Lunatic asylums in Bengal annual reports 1888-1898 - 1888-1898
Year: 1888
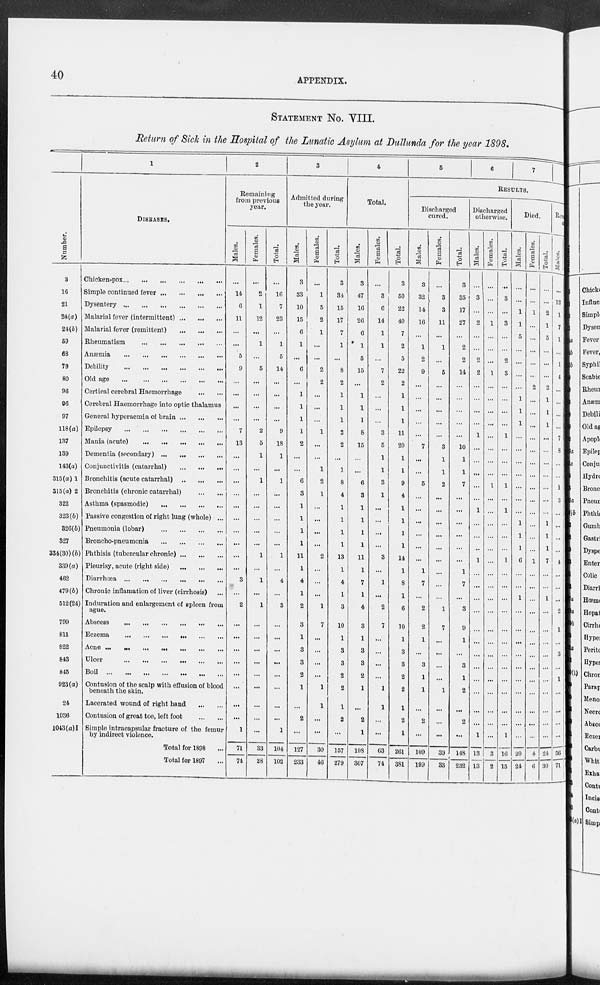
40
APPENDIX.
STATEMENT No. VIII.
Return of Sick in the Hospital of the Lunatic Asylum at Dullunda for the year 1898.
Number.
3
16
21
24(a)
24(b)
59
68
79
80
96
96
97
118(a)
137
139
143(a)
315(a) 1
315(a) 2
322
323(b)
326(b)
327
334(30)(b)
339(a)
462
479(b)
512(24)
799
811
822
843
845
923(a)
24
1036
1043(a)I
1
DISEASES.
Chicken-pox
...
...
...
...
...
...
Simple continued fever ...
...
...
...
Dysentery
...
...
...
...
...
...
Malarial fever (intermittent)
...
...
...
Malarial fever (remittent)
...
...
...
Rheumatism
...
...
...
...
...
Anæmia
...
...
...
...
...
...
Debility
...
...
...
...
...
...
Old age
...
...
...
...
...
...
Certical cerebral Haemorrhage
...
...
Cerebral Haemorrhage into optic thalamus
General hyperaemia of brain
...
...
...
Epilepsy
...
...
...
...
...
...
Mania (acute)
...
...
...
...
...
Dementia (secondary)
...
...
...
...
Conjunctivitis (catarrhal)
...
...
...
Bronchitis (acute catarrhal) ... ... ...
Bronchitis (chronic catarrhal)
...
...
Asthma (spasmodic) ... ... ... ...
Passive congestion of right lung (whole) ...
Pneumonia (lobar)
...
...
...
...
Broncho-pneumonia
...
...
...
...
Phthisis (tubercular chronic)
...
...
...
Pleurisy, acute (right side)
...
...
...
Diarrhœa
...
...
...
...
...
...
Chronic inflamation of liver (cirrhosis) ...
Induration and enlargement of spleen from
ague.
Abscess
...
...
...
...
...
...
Eczema
...
...
...
...
...
...
Acne
...
...
...
...
...
...
...
Ulcer
...
...
...
...
...
...
Boil
...
...
...
...
...
...
...
Contusion of the scalp with effusion of blood
beneath the skin.
Lacerated wound of right hand
...
...
Contusion of great toe, left foot
...
...
Simple intracapsular fracture of the femur
by indirect violence.
Total for 1898 ...
Total for 1897 ...
2
Remaining
from previous
year.
Males.
...
14
6
11
...
...
5
9
...
...
...
...
7
13
...
...
...
...
...
...
...
...
...
...
3
...
2
...
...
...
...
...
...
...
...
1
71
74
Females.
...
2
1
12
...
1
...
5
...
...
...
...
2
5
1
...
1
...
...
...
...
...
1
...
1
...
1
...
...
...
...
...
...
...
...
...
33
28
Total.
...
16
7
23
...
1
5
14
...
...
...
...
9
18
1
...
1
...
...
...
...
...
1
...
4
...
3
...
...
...
...
...
...
...
...
1
104
102
3
Admitted during
the year.
Males.
3
33
10
15
6
1
...
6
...
1
1
1
1
2
...
...
6
3
1
1
1
1
11
1
4
1
2
3
1
3
3
2
1
...
2
...
127
233
Females.
...
1
5
2
1
...
...
2
2
...
...
...
1
...
...
1
2
1
...
...
...
...
2
...
...
...
1
7
...
...
...
...
1
1
...
...
30
46
Total.
3
34
15
17
7
1
...
8
2
1
1
1
2
2
...
1
8
4
1
1
1
1
13
1
4
1
3
10
1
3
3
2
2
1
2
...
157
279
4
Total.
Males.
3
47
16
26
6
1
5
15
...
1
1
1
8
15
...
...
6
3
1
1
1
1
11
1
7
1
4
3
1
3
3
2
1
...
2
1
198
307
Females.
...
3
6
14
1
1
...
7
2
...
...
...
3
5
1
1
3
1
...
...
...
...
3
...
1
...
2
7
...
...
...
...
1
1
...
...
63
74
Total.
3
50
22
40
7
2
5
22
2
1
1
1
11
20
1
1
9
4
1
1
1
1
14
1
8
1
6
10
1
3
3
2
2
1
2
1
261
381
5
6
7
RESULTS.
Discharged
cured.
Males.
3
32
14
16
...
1
2
9
...
...
...
...
...
7
...
...
5
...
...
...
...
...
...
1
7
...
2
2
1
...
3
1
1
...
2
...
109
199
Females.
...
3
3
11
...
1
...
5
...
...
...
...
...
3
1
1
2
...
...
...
...
...
...
...
...
...
1
7
...
...
...
...
1
...
...
...
39
33
Total.
3
35
17
27
...
2
2
14
...
...
...
...
...
10
1
1
7
...
...
...
...
...
...
1
7
...
3
9
1
...
3
1
2
...
2
...
148
232
Discharged
otherwise.
Males.
...
3
...
2
...
...
2
2
...
...
...
...
1
...
...
...
...
...
1
...
...
...
1
...
...
...
...
...
...
...
...
...
...
...
...
1
13
13
Females.
...
...
...
1
...
...
...
1
...
...
...
...
...
...
...
...
1
...
...
...
...
...
...
...
...
...
...
...
...
...
...
...
...
...
...
...
3
2
Total.
...
3
...
3
...
...
2
3
...
...
...
...
1
...
...
...
1
...
1
...
...
...
1
...
...
...
...
...
...
...
...
...
...
...
...
1
16
15
Died.
Males.
...
...
1
1
5
...
...
...
...
1
1
1
...
...
...
...
...
...
...
1
1
1
6
...
...
1
...
...
...
...
...
...
...
...
...
...
20
24
Females.
...
...
1
...
...
...
...
...
2
...
...
...
...
...
...
...
...
...
...
...
...
...
1
...
...
...
...
...
...
...
...
...
...
...
...
...
4
6
Total.
...
...
2
1
5
...
...
...
2
1
1
1
...
...
...
...
...
...
...
1
1
1
7
...
...
1
...
...
...
...
...
...
...
...
...
...
24
30
Remaining
sick.
Males.
...
1 2
1
7
1
...
1
4
...
...
...
...
7
8
...
...
1
...
...
...
...
...
4
...
...
...
2
1
...
3
...
1
...
...
...
...
56
71